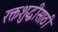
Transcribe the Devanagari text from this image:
रक्तशुद्धीसाठी